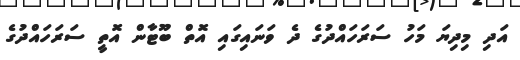
އަދި މިދިޔަ މަހު ސަރަހައްދުގެ ދެ ވަނައިގައި އޮތް ބޫޓާން އޮތީ ސަރަހައްދުގެ